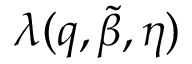
\lambda ( q , \tilde { \beta } , \eta )